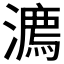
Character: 𣿕